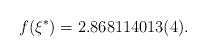
LaTeX: \begin{align*} f(\xi^*) = 2.868114013(4).\end{align*}